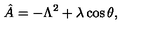
\hat { A } = - \Lambda ^ { 2 } + \lambda \cos \theta ,